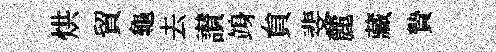
烘貿龜去讃竧貟斐麓藏贄